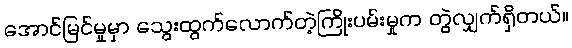
အောင်မြင်မှုမှာ သွေးထွက်လောက်တဲ့ကြိုးပမ်းမှုက တွဲလျှက်ရှိတယ်။